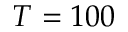
T = 1 0 0